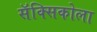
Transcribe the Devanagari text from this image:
सॅक्सिकोला